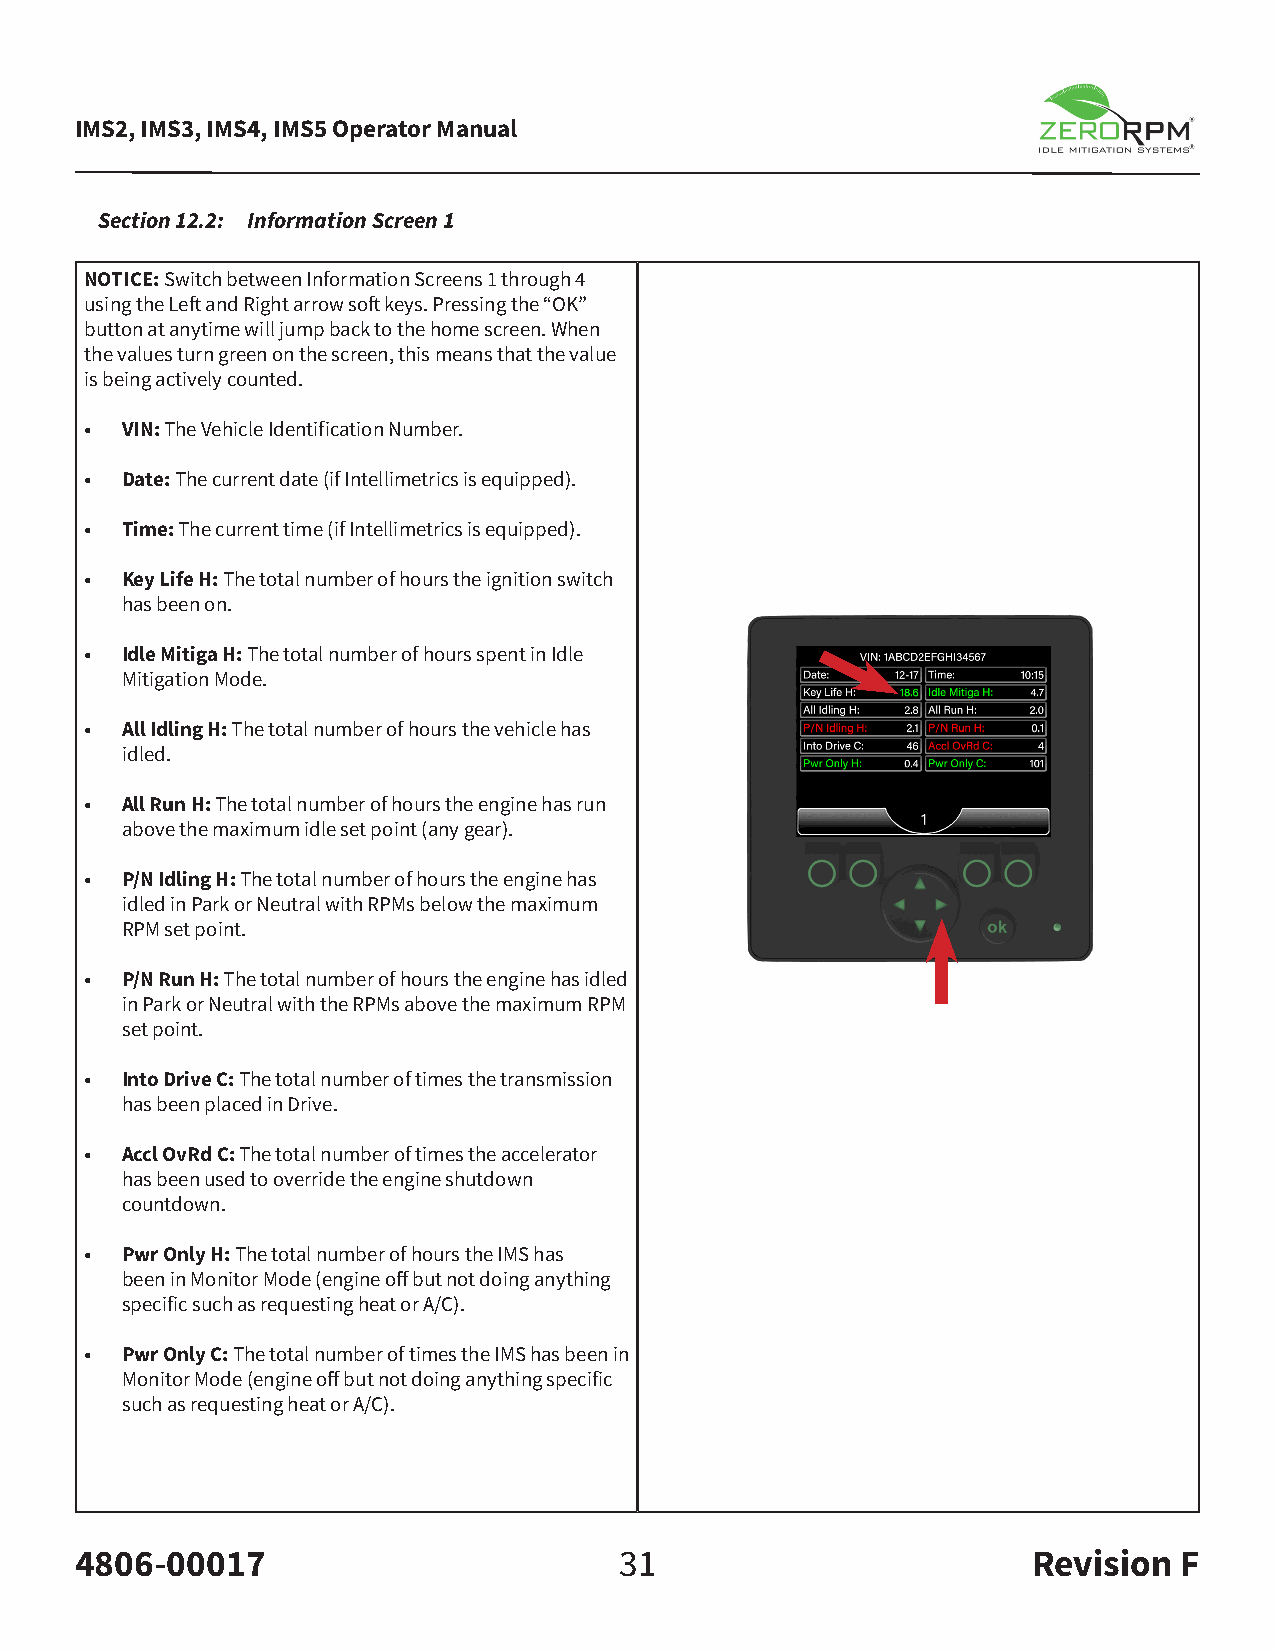
IMS2, IMS3, IMS4, IMS5 Operator Manual
 Section 12.2: Information Screen 1
 NOTICE: Switch between Information Screens 1 through 4
 using the Left and Right arrow soft keys. Pressing the “OK”
 button at anytime will jump back to the home screen. When
 the values turn green on the screen, this means that the value
 is being actively counted.
 • VIN: The Vehicle Identification Number.
 • Date: The current date (if Intellimetrics is equipped).
 • Time: The current time (if Intellimetrics is equipped).
 • Key Life H: The total number of hours the ignition switch
 has been on.
 • Idle Mitiga H: The total number of hours spent in Idle
 Mitigation Mode.
 • All Idling H: The total number of hours the vehicle has
 idled.
 • All Run H: The total number of hours the engine has run
 above the maximum idle set point (any gear).
 • P/N Idling H: The total number of hours the engine has
 idled in Park or Neutral with RPMs below the maximum
 RPM set point.
 • P/N Run H: The total number of hours the engine has idled
 in Park or Neutral with the RPMs above the maximum RPM
 set point.
 • Into Drive C: The total number of times the transmission
 has been placed in Drive.
 • Accl OvRd C: The total number of times the accelerator
 has been used to override the engine shutdown
 countdown.
 • Pwr Only H: The total number of hours the IMS has
 been in Monitor Mode (engine off but not doing anything
 specific such as requesting heat or A/C).
 • Pwr Only C: The total number of times the IMS has been in
 Monitor Mode (engine off but not doing anything specific
 such as requesting heat or A/C).
 4806-00017                          31                         Revision  F